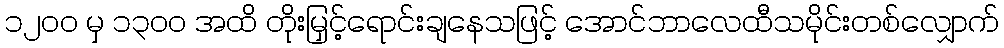
၁၂၀၀ မှ ၁၃၀၀ အထိ တိုးမြှင့်ရောင်းချနေသဖြင့် အောင်ဘာလေထီသမိုင်းတစ်လျှောက်